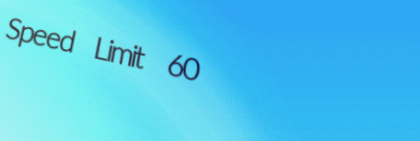
Speed Limit 60